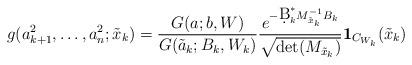
LaTeX: \begin{align*}g(a_{k+1}^2,\ldots,a_n^2; \tilde{x}_k)=\frac{G(a;b,W)}{G(\tilde{a}_k; B_k,W_k)}\frac{e^{-\d B^*_kM^{-1}_{\tilde{x}_k}B_k}}{\sqrt{\det(M_{\tilde{x}_k})}}\textbf{1}_{C_{W_k}}(\tilde{x}_k)\end{align*}